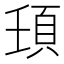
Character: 𩑙